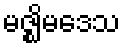
မဇ္ဈိမဒေသ